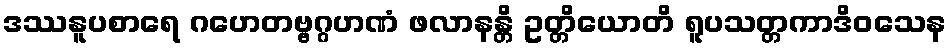
ဒဿနူပစာရေ ဂဟေတဗ္ဗဂ္ဂဟဏံ ဖလာနန္တိ ဥတ္တိယောတိ ရူပသတ္တကာဒိဝသေန